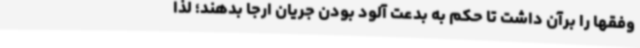
وفقها را برآن داشت تا حکم به بدعت آلود بودن جریان ارجا بدهند؛ لذا